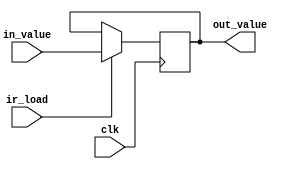
module instruction_register(
  clk, ir_load,
  in_value, out_value
);

  input clk, ir_load;
  input [15:0] in_value;
  output [15:0] out_value;

  reg [15:0] ir;

  initial begin
    ir <= 'b0;
  end

  always @( posedge clk ) begin
    if ( ir_load ) ir <= in_value;
  end

  assign out_value = ir;
endmodule